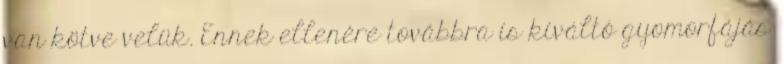
van kötve velük. Ennek ellenére továbbra is kiváltó gyomorfájás